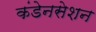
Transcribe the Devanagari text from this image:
कंडेनसेशन